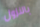
بالنزول